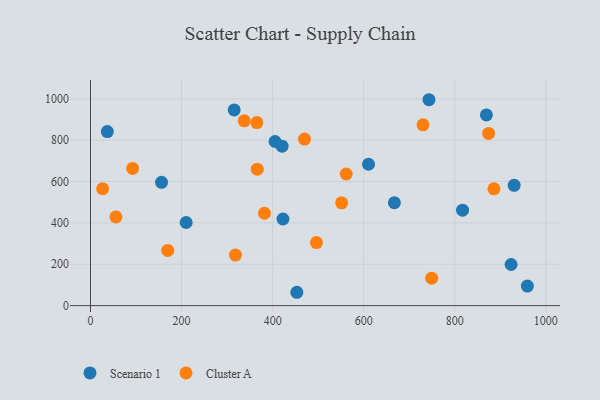
{"axis": {"x": "Ad Spend", "y": "Exam Score"}, "legend": ["Cluster A", "Scenario 1"], "data": [{"x": "930.5", "y": 581.4, "type": "Scenario 1"}, {"x": "817.1", "y": 461.7, "type": "Scenario 1"}, {"x": "420.8", "y": 770.8, "type": "Scenario 1"}, {"x": "453.2", "y": 64.6, "type": "Scenario 1"}, {"x": "610.6", "y": 683.6, "type": "Scenario 1"}, {"x": "422.7", "y": 418.7, "type": "Scenario 1"}, {"x": "959.5", "y": 94.7, "type": "Scenario 1"}, {"x": "667.4", "y": 497.3, "type": "Scenario 1"}, {"x": "405.3", "y": 793.4, "type": "Scenario 1"}, {"x": "923.7", "y": 198.9, "type": "Scenario 1"}, {"x": "36.9", "y": 841.5, "type": "Scenario 1"}, {"x": "315.5", "y": 946.2, "type": "Scenario 1"}, {"x": "743.4", "y": 995.4, "type": "Scenario 1"}, {"x": "869.5", "y": 921.7, "type": "Scenario 1"}, {"x": "156.0", "y": 596.0, "type": "Scenario 1"}, {"x": "210.1", "y": 402.0, "type": "Scenario 1"}, {"x": "496.2", "y": 304.8, "type": "Cluster A"}, {"x": "470.0", "y": 805.3, "type": "Cluster A"}, {"x": "337.6", "y": 893.4, "type": "Cluster A"}, {"x": "749.3", "y": 133.0, "type": "Cluster A"}, {"x": "92.5", "y": 663.5, "type": "Cluster A"}, {"x": "561.6", "y": 636.4, "type": "Cluster A"}, {"x": "886.1", "y": 564.7, "type": "Cluster A"}, {"x": "318.4", "y": 244.3, "type": "Cluster A"}, {"x": "169.6", "y": 267.0, "type": "Cluster A"}, {"x": "365.3", "y": 884.9, "type": "Cluster A"}, {"x": "730.3", "y": 874.1, "type": "Cluster A"}, {"x": "551.5", "y": 496.9, "type": "Cluster A"}, {"x": "55.8", "y": 428.9, "type": "Cluster A"}, {"x": "874.4", "y": 832.3, "type": "Cluster A"}, {"x": "366.3", "y": 659.7, "type": "Cluster A"}, {"x": "382.0", "y": 446.6, "type": "Cluster A"}, {"x": "26.6", "y": 565.0, "type": "Cluster A"}]}